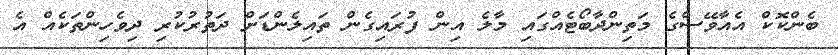
ބެންކޮކް އެއާވޭސްގެ މަތިންދާބޯޓެއްގައި މާލެ އިން ފުރައިގެން ތައިލެންޑަށް ދަތުރުކުރި ދިވެހިންތަކެއް އެ